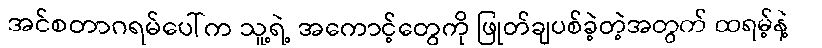
အင်စတာဂရမ်ပေါ်က သူ့ရဲ့ အကောင့်တွေကို ဖြုတ်ချပစ်ခဲ့တဲ့အတွက် ထရမ့်နဲ့